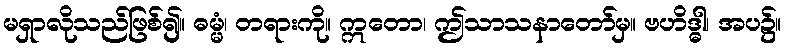
မရှာလိုသည်ဖြစ်၍။ ဓမ္မံ၊ တရားကို။ ဣတော၊ ဤသာသနာတော်မှ။ ဗဟိဒ္ဓါ၊ အပ၌။